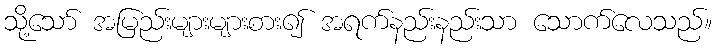
သို့သော် အမြည်းများများစား၍ အရက်နည်းနည်းသာ သောက်လေသည်။